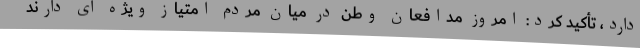
دارد، تأکید کرد: امروز مدافعان وطن در میان مردم امتیاز ویژه ای دارند